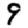
Digit: 9